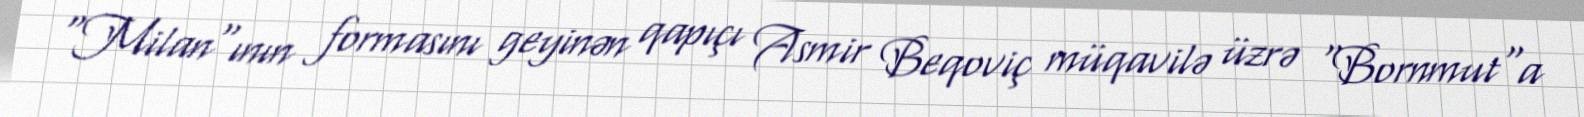
"Milan"ının formasını geyinən qapıçı Asmir Beqoviç müqavilə üzrə "Bornmut"a